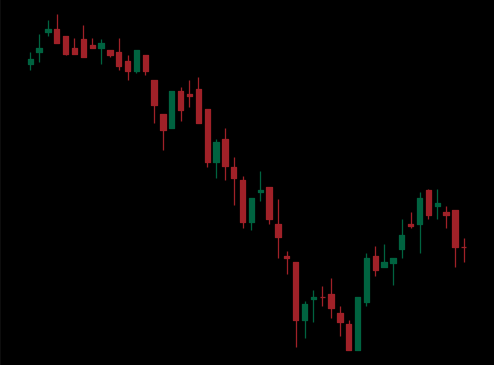
Pattern: bull_flag